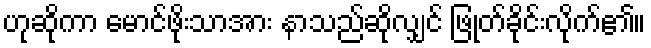
ဟုဆိုကာ မောင်ဖိုးသာအား နာသည်ဆိုလျှင် ဖြုတ်ခိုင်းလိုက်၏။